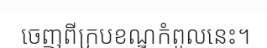
ចេញពីក្របខណ្ឌកំពូលនេះ។